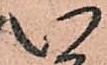
い